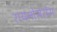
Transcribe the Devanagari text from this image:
रायनोसेरोस